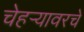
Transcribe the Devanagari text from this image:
चेहर्‍यावरचे